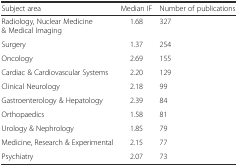
<table><thead><tr><td><b>Subject area</b></td><td><b>Median IF</b></td><td><b>Number of publications</b></td></tr></thead><tbody><tr><td>Radiology, Nuclear Medicine &amp; Medical Imaging</td><td>1.68</td><td>327</td></tr><tr><td>Surgery</td><td>1.37</td><td>254</td></tr><tr><td>Oncology</td><td>2.69</td><td>155</td></tr><tr><td>Cardiac &amp; Cardiovascular Systems</td><td>2.20</td><td>129</td></tr><tr><td>Clinical Neurology</td><td>2.18</td><td>99</td></tr><tr><td>Gastroenterology &amp; Hepatology</td><td>2.39</td><td>84</td></tr><tr><td>Orthopaedics</td><td>1.58</td><td>81</td></tr><tr><td>Urology &amp; Nephrology</td><td>1.85</td><td>79</td></tr><tr><td>Medicine, Research &amp; Experimental</td><td>2.15</td><td>77</td></tr><tr><td>Psychiatry</td><td>2.07</td><td>73</td></tr></tbody></table>